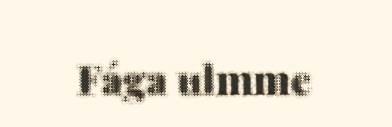
Fága ulmme